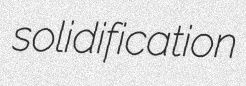
solidification